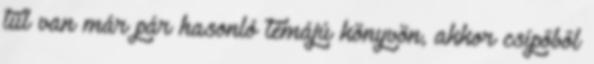
túl van már pár hasonló témájú könyvön, akkor csípőből